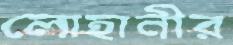
লোহানীর